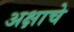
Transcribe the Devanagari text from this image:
अक्षाचे